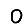
Digit: 0